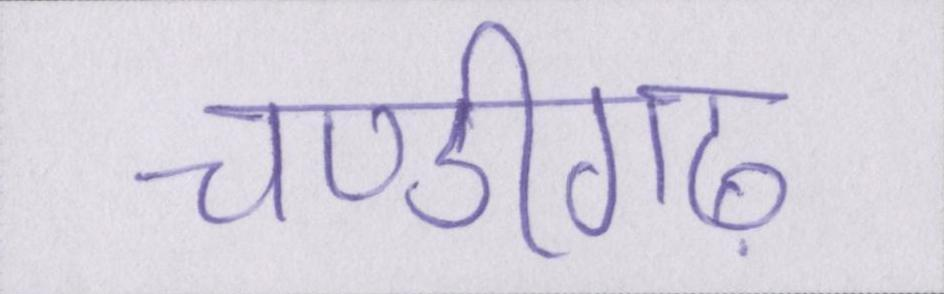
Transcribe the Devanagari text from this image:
चण्डीगढ़